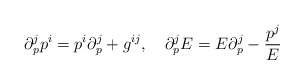
\begin{align*}\partial_p^j p^i = p^i \partial^j_p + g^{ij},\quad \partial_p^j E = E \partial_p^j - \frac{p^j}{E}\end{align*}